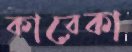
কারেকা